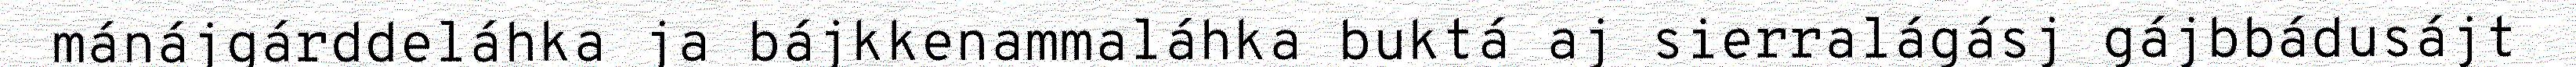
mánájgárddeláhka ja bájkkenammaláhka buktá aj sierralágásj gájbbádusájt